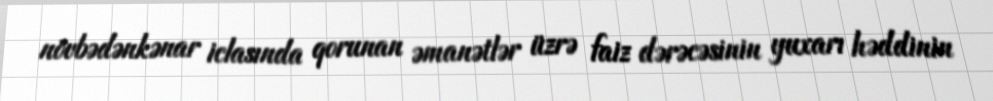
növbədənkənar iclasında qorunan əmanətlər üzrə faiz dərəcəsinin yuxarı həddinin